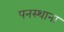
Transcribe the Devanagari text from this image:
पनस्थाना